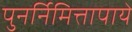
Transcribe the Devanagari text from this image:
पुनर्निमित्तापाये